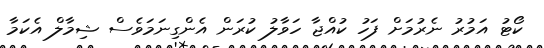
ކޯޓު އަމުރު ނެރުމަށް ފަހު ކުއްޖާ ހަވާލު ކުރަން އެންގިނަމަވެސް ޝިމާލް އެކަމާ